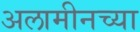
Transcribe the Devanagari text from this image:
अलामीनच्या